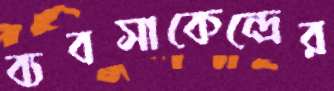
ব্যবসাকেন্দ্রের